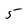
Character: 5